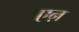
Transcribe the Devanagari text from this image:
एऩ